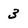
Character: 3